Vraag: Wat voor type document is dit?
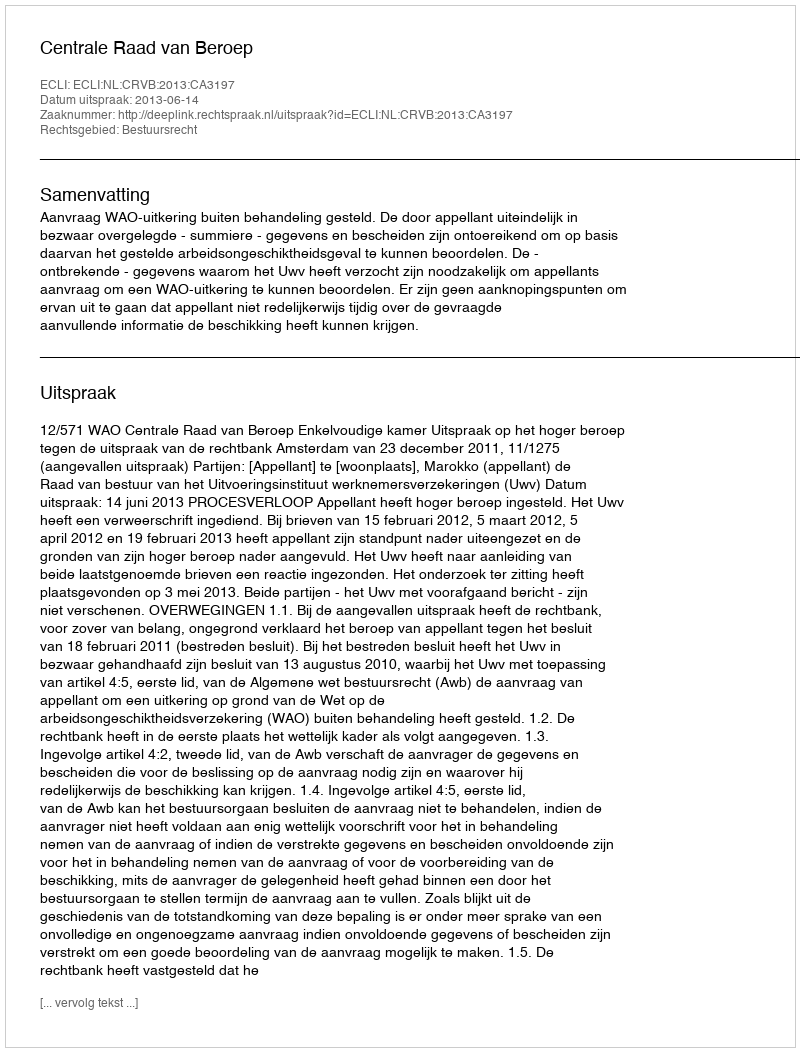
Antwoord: Uitspraak